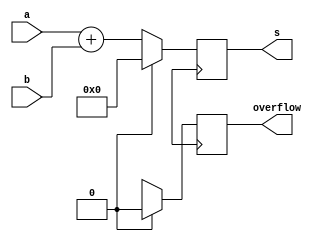
module top_module (
    input [7:0] a,
    input [7:0] b,
    output [7:0] s,
    output overflow
); //
 
 	// Insert your code below
    // assign s = ...
    // assign overflow = ...

    always @(posedge clk) begin
        if (reset) begin
            s <= 32'h0;
            overflow <= 1'b0;
        end else begin
            s <= a + b;
            overflow <= (s[8] == 1);
        end
    end

endmodule